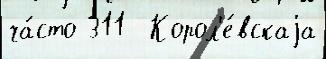
ча́сто 311  Корол'е́вскаjа